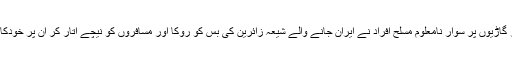
بلوچستان کے ضلع مستونگ میں منگل کی سہ پہر گاڑیوں پر سوار نامعلوم مسلح افراد نے ایران جانے والے شیعہ زائرین کی بس کو روکا اور مسافروں کو نیچے اتار کر اُن پر خودکار ہتھیاروں سے اندھا دھند فائرنگ شروع کر دی۔